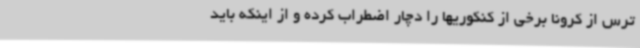
ترس از کرونا برخی از کنکوریها را دچار اضطراب کرده و از اینکه باید